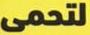
لتحمى